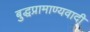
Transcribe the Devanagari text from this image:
बुद्धप्रामाण्यवादी